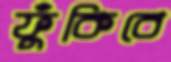
ফুঁকিবে